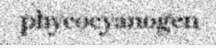
phycocyanogen